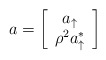
\begin{align*}a=\left[\begin{array}{c}a_{\uparrow}\\ \rho^2 a_{\uparrow}^*\end{array}\right]\end{align*}